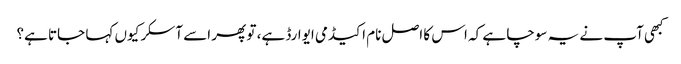
کبھی آپ نے یہ سوچا ہے کہ اس کا اصل نام اکیڈمی ایوارڈ ہے، تو پھر اسے آسکر کیوں کہا جاتا ہے؟